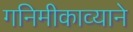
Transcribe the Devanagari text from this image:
गनिमीकाव्याने